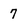
Character: 7